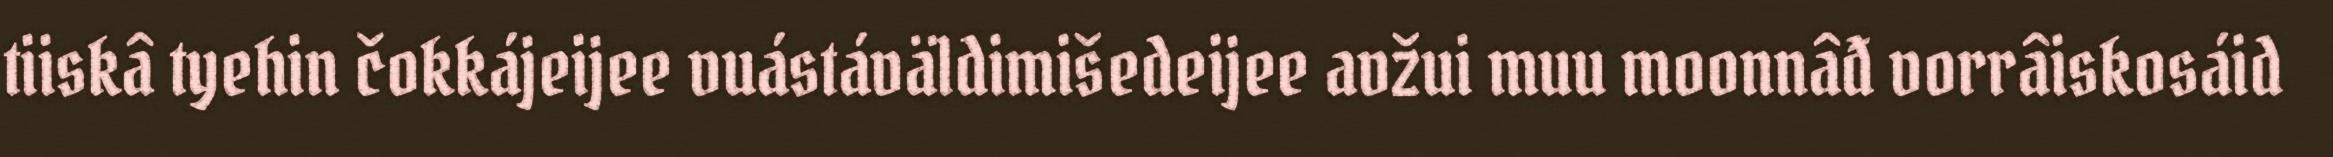
tiiskâ tyehin čokkájeijee vuástáväldimišedeijee avžui muu moonnâđ vorrâiskosáid